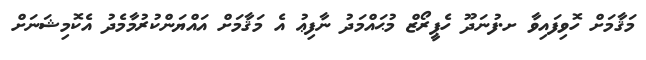
މަޤާމަށް ހޮވިފައިވާ ށ.ފުނަދޫ ހެޕީރޯޒް މުޙައްމަދު ނާފިޢު އެ މަޤާމަށް އައްޔަންކުރުމާމެދު އެކޮމިޝަނަށް